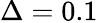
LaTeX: \Delta=0.1